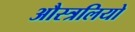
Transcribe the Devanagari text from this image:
औस्त्रलियो